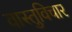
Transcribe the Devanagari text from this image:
वास्तुविचार